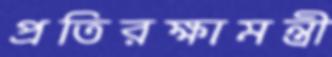
প্রতিরক্ষামন্ত্রী